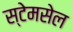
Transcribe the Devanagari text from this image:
स्टेमसेल